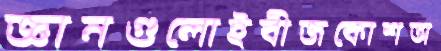
জ্ঞানগুলোইবীজকোশঅ